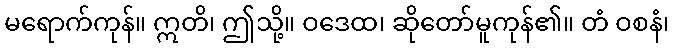
မရောက်ကုန်။ ဣတိ၊ ဤသို့။ ဝဒေထ၊ ဆိုတော်မူကုန်၏။ တံ ဝစနံ၊